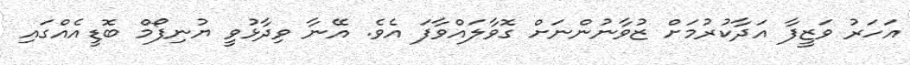
އަހަރު ވަޒީފާ އަދާކުރުމަށް ޒުވާނުންނަށް ގޮވާލައްވާފަ އެވެ. އޭނާ ވިދާޅުވީ ޔުނިފޯމް ބޮޑީއެއްގައި